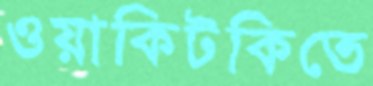
ওয়াকিটকিতে